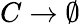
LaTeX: C\to\emptyset